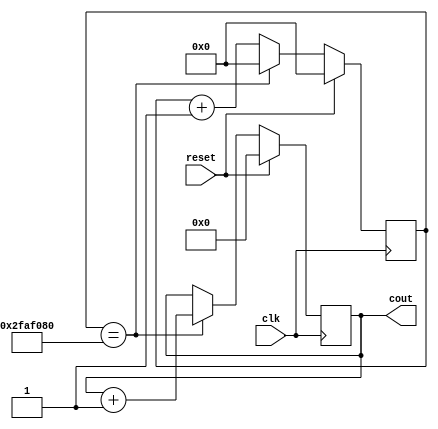
module Basic_counter_final(
    input reset,
    input clk,
    output reg [7:0] cout
    
    
    );
	
	 
   reg [32:0] temp;
	
	assign reached = (temp == 50000000);
	
	always@(posedge clk) //clk_counter
	begin
	if(reset)
	 temp <= 0;
	else if(reached)
	 temp <= 0;
	
	else 
	 temp <= temp + 1;
	
	end
	
	always@(posedge clk) //actual_counter
	begin
	if(reset)
	 cout <= 0;
	else if(reached)
	 cout <= cout + 1;
	else
	 cout <= cout;
	
	end


endmodule